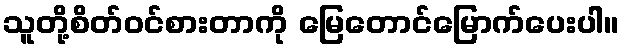
သူတို့စိတ်ဝင်စားတာကို မြေတောင်မြောက်ပေးပါ။